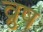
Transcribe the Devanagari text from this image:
व्रुष